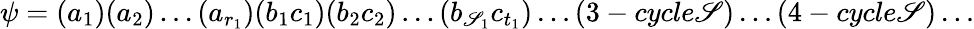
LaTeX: \psi=(a_{1})(a_{2})\dots(a_{r_{1}})(b_{1}c_{1})(b_{2}c_{2})\dots(b_{\mathscr{S}_{1}}c_{t_{1}})\dots(3-cycle\mathscr{S})\dots(4-cycle\mathscr{S})\dots